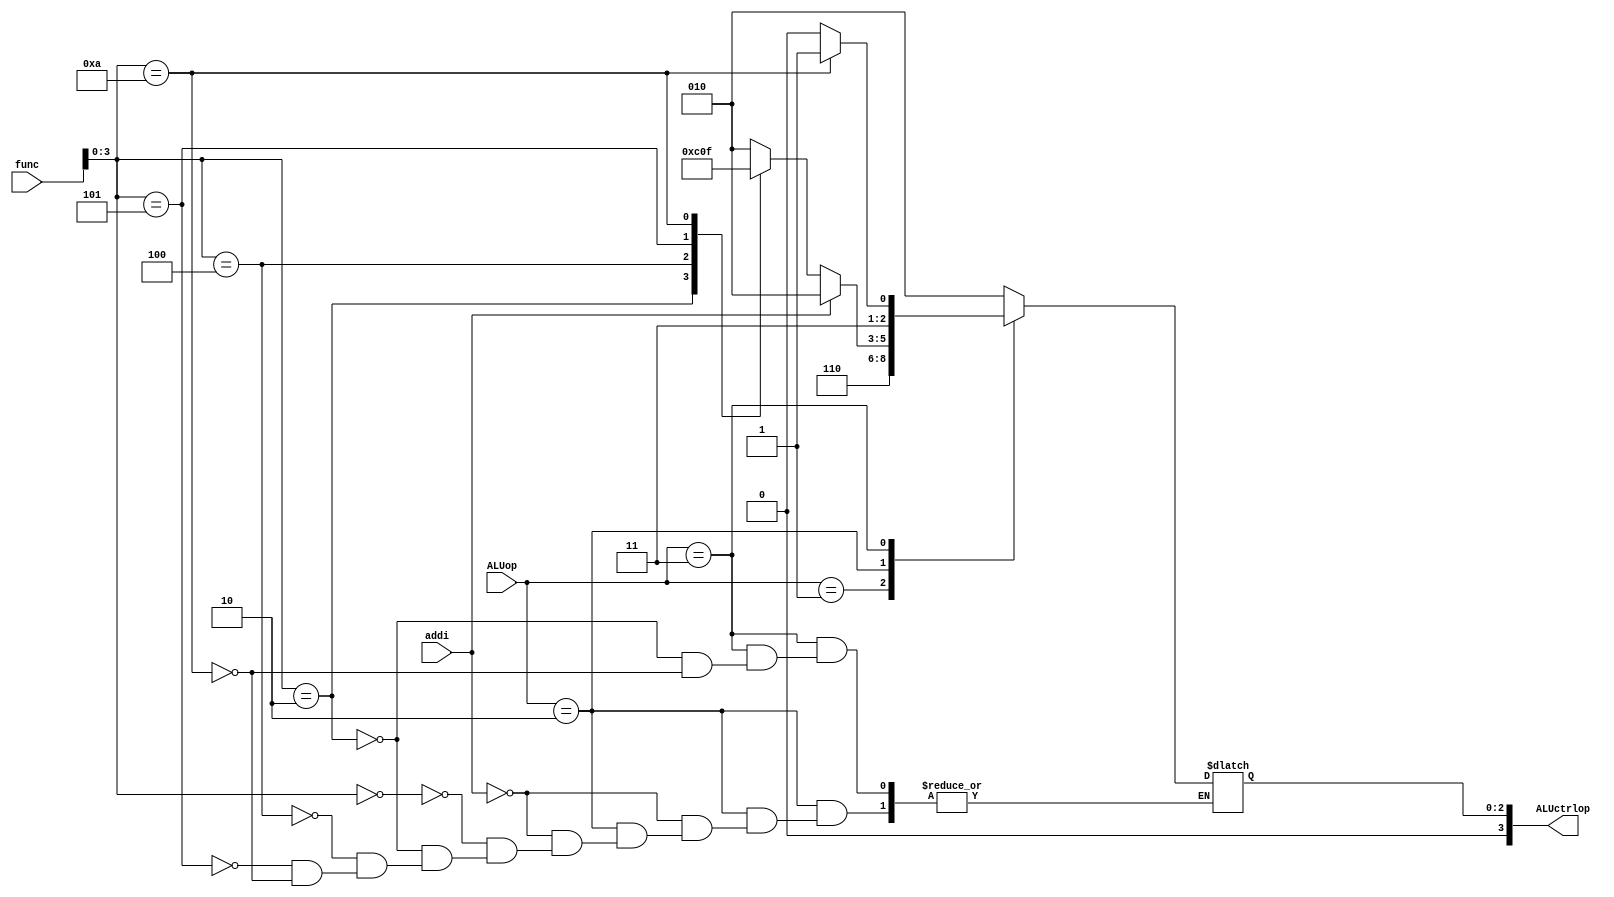
// EECE3324 
// Computer Architecture
// Final Project
// Kevin Wong & Jonathan Marrero

// The small ALU control unit that takes the ALUop and 6-bit function code in and 
// generates 4-bit ALUctrlop signal for the ALU.

// Taken from Figure 4.13 (Pg. 318) 

`timescale 1ns / 1ns

module ALU_ControlUnit(ALUop, addi, func, ALUctrlop);
  
  input [1:0] ALUop;
  input addi;
  input [5:0] func;
  output reg [3:0] ALUctrlop;
  
  // initialize
  initial begin
    ALUctrlop = 4'b0000;
  end
  
  always @ (ALUop or func)
  begin
    
    case (ALUop)
      
      2'b00:  ALUctrlop = 4'b0010;  // lw & sw (add)
      
      2'b01:  ALUctrlop = 4'b0110;  // beq (sub)
      
      // ALUOp1 == 1
      2'b10: 
      begin
        // allow for addi
        case (addi)
          1'b1:  ALUctrlop = 4'b0010;
          
          1'b0: 
	  begin
            case (func[3:0]) // func[5:4] is don't care
              4'b0000:  ALUctrlop = 4'b0010;  // add
              
              4'b0010:  ALUctrlop = 4'b0110;  // sub
              
              4'b0100:  ALUctrlop = 4'b0000;  // and
              
              4'b0101:  ALUctrlop = 4'b0001;  // or
              
              4'b1010:  ALUctrlop = 4'b0111;  // slt
            endcase
          end
        endcase
      end
      
      // handle alternate don't care cases
      2'b11: 
      begin
        case (func[3:0]) // func[5:4] is don't care
          
          4'b0010:  ALUctrlop = 4'b0110;  // sub
          
          4'b1010:  ALUctrlop = 4'b0111;  // slt
        endcase
      end
    endcase
  end
  
endmodule